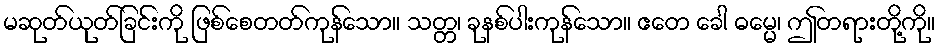
မဆုတ်ယုတ်ခြင်းကို ဖြစ်စေတတ်ကုန်သော။ သတ္တ၊ ခုနစ်ပါးကုန်သော။ ဧတေ ခေါ ဓမ္မေ၊ ဤတရားတို့ကို။